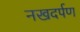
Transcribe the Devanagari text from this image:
नखदर्पण